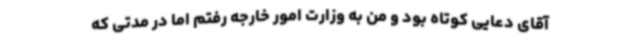
آقای دعایی کوتاه بود و من به وزارت امور خارجه رفتم اما در مدتی که